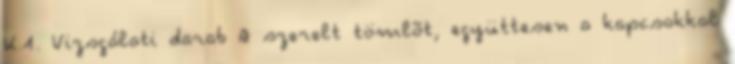
K.1. Vizsgálati darab A szerelt tömlõt, együttesen a kapcsokkal